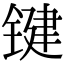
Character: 键